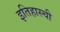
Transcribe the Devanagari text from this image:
इतिहास्ची